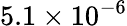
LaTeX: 5.1\times 10^{-6}